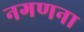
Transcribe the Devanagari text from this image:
नगणना